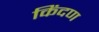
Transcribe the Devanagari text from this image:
किंदण